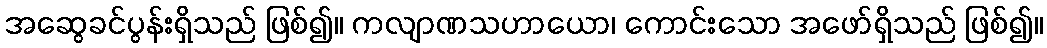
အဆွေခင်ပွန်းရှိသည် ဖြစ်၍။ ကလျာဏသဟာယော၊ ကောင်းသော အဖော်ရှိသည် ဖြစ်၍။